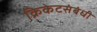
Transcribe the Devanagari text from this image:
क्रिकेटसंबंधी